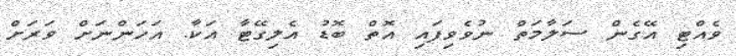
ވެއްޓި އޭގެން ސަލާމަތް ނުވެވިފައި އޮތް ބޮޑު އެލިގޭޓާ އަކާ. އަހަންނަށް ވަރަށް